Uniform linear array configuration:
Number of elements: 4
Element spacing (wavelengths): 0.75
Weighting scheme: exponential
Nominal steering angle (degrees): -45
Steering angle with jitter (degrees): -44.941
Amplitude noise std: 0.05
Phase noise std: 0.05

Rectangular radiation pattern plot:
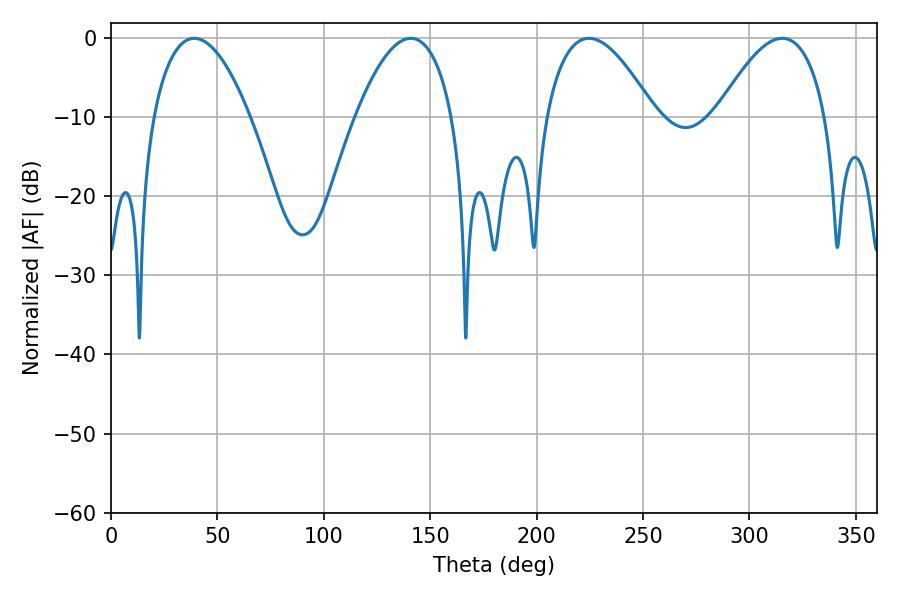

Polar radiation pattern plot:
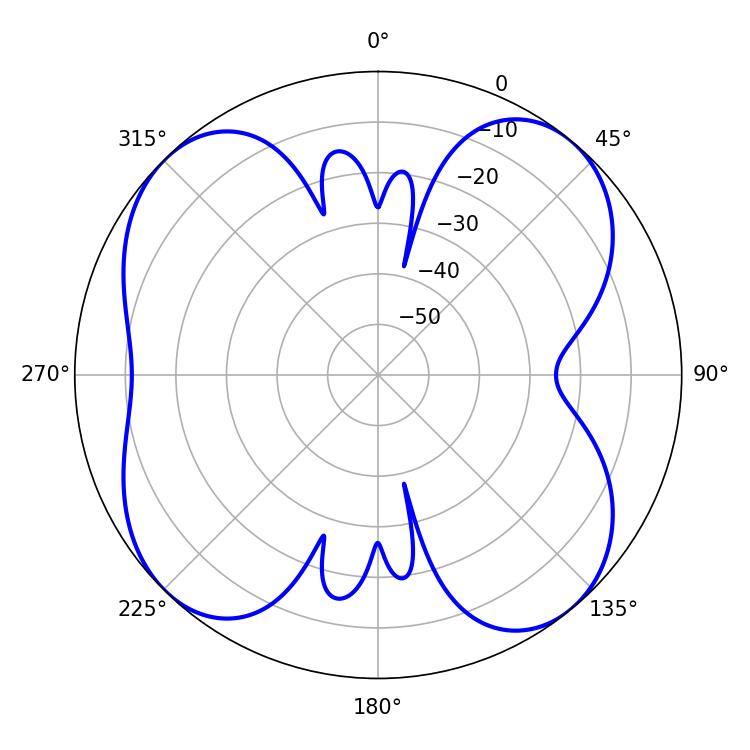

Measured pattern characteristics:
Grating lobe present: TRUE
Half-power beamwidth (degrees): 28.08
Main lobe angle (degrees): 224.64